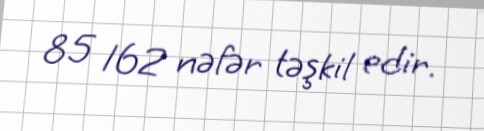
85 162 nəfər təşkil edir.